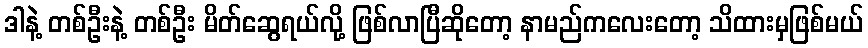
ဒါနဲ့ တစ်ဦးနဲ့ တစ်ဦး မိတ်ဆွေရယ်လို့ ဖြစ်လာပြီဆိုတော့ နာမည်ကလေးတော့ သိထားမှဖြစ်မယ်